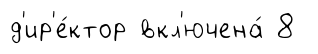
д'ир'е́ктор вкл'ючена́ 8